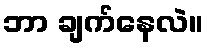
ဘာ ချက်နေလဲ။